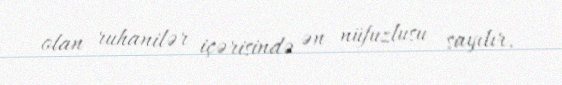
olan ruhanilər içərisində ən nüfuzlusu sayılır.